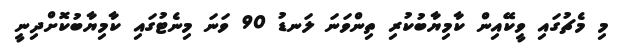
މި މެޗުގައި ވީކޭއިން ކާމިޔާބުކުރި ތިންވަނަ ލަނޑު 90 ވަނަ މިނެޓުގައި ކާމިޔާބުކޮށްދިނީ